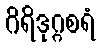
ဂိရိဒုဂ္ဂစရံ